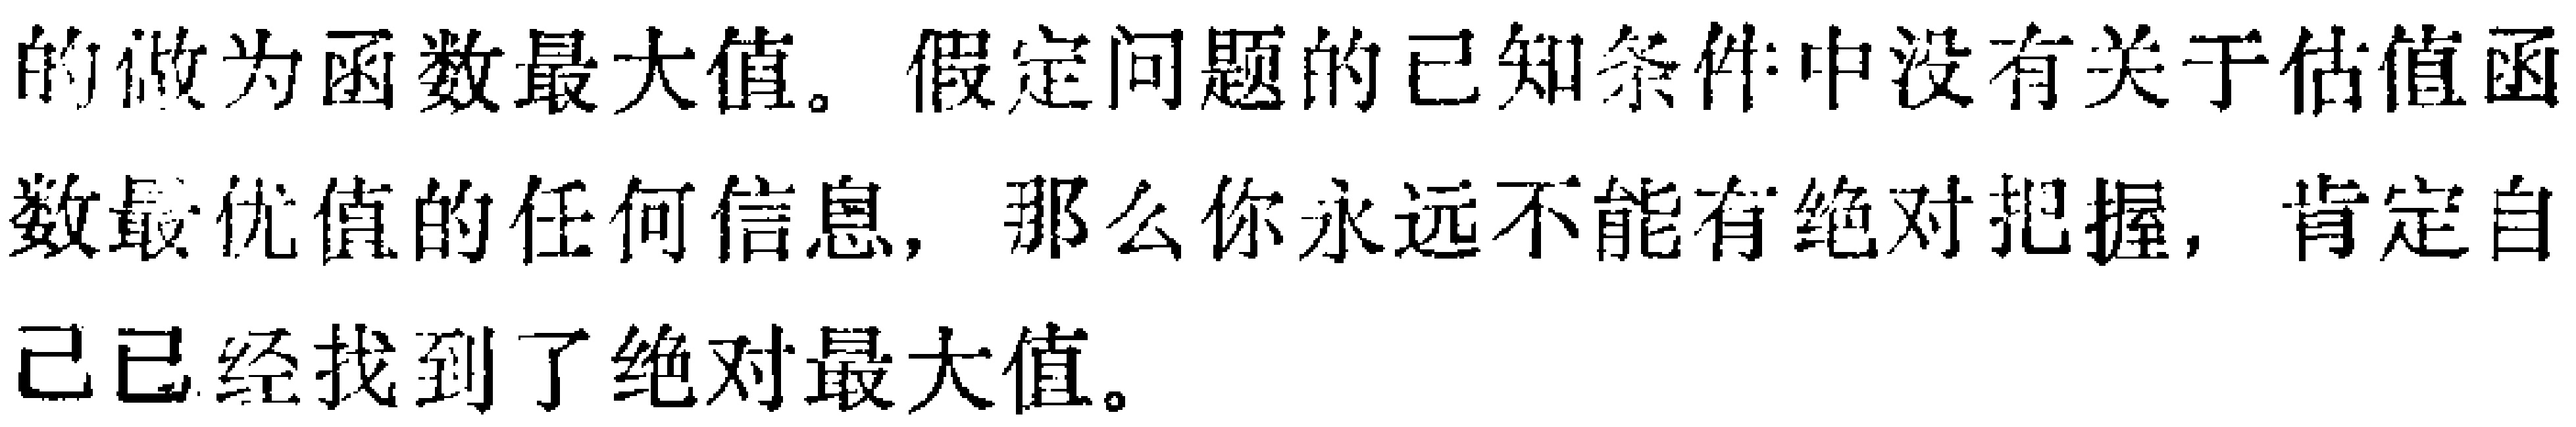
的做为函数最大值。假定问题的已知条件中没有关于估值函

数最优值的任何信息，那么你永远不能有绝对把握，肯定自

己已经找到了绝对最大值。